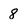
Character: 8